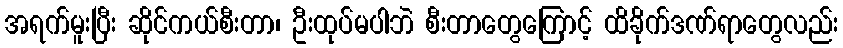
အရက်မူးပြီး ဆိုင်ကယ်စီးတာ၊ ဦးထုပ်မပါဘဲ စီးတာတွေကြောင့် ထိခိုက်ဒဏ်ရာတွေလည်း